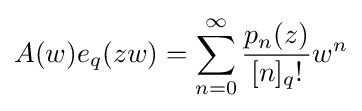
A(w)e_{q}(zw)=\sum _{n=0}^{\infty }{\frac {p_{n}(z)}{[n]_{q}!}}w^{n}